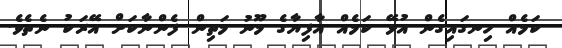
ކަމެއް ހިނގައިގެން އުޅޭ ކަމެއް އާފިޔާގެ މޫނު މަތިން ފެންނާކަށް އޭރަކު ނެތެވެ.